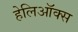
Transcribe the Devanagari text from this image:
हेलिऑक्स